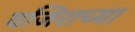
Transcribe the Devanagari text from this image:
वजिराच्या